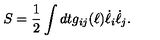
S = { \frac { 1 } { 2 } } \int d t g _ { i j } ( \ell ) \dot { \ell } _ { i } \dot { \ell } _ { j } .